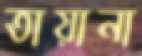
তায়ানা